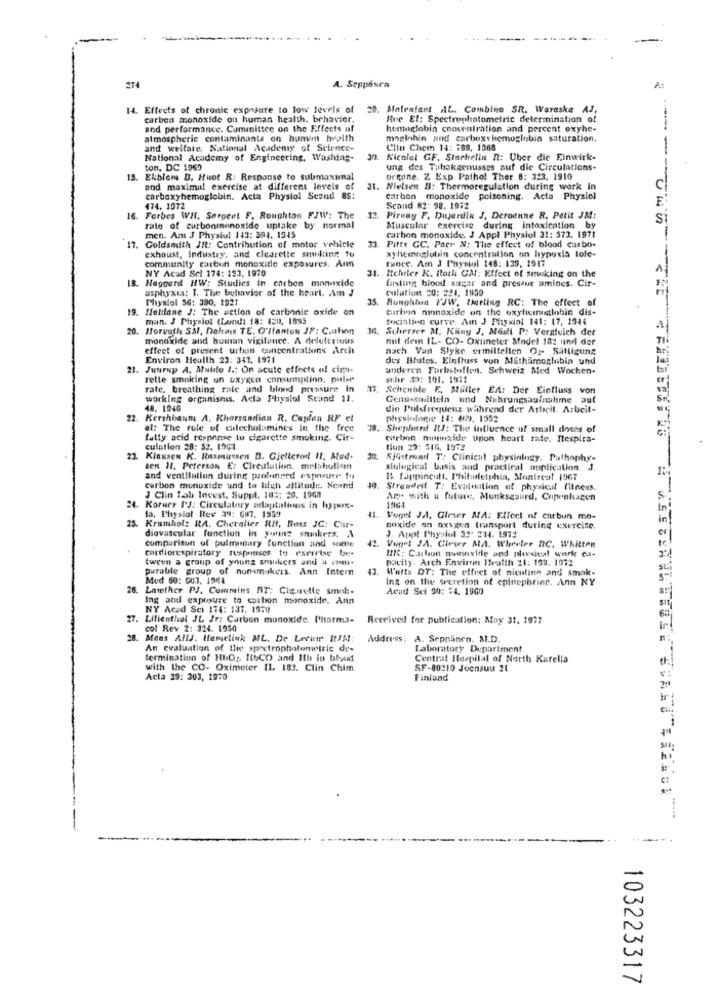
274
A. Seppänen
14. Effects of chronic exposure to low levels of
20. Alatenfant AL. Cambino SR. Waraska AJ,
carbon monoxide ou human health. behavior.
Rve El: Spectrophotometric determination of
and performance. Committee on the Effects uf
hemoglobin concentration and percent oxyhe-
atmospheric contaminants on human health
moglobin and carbox hemoglobin saturation.
and welfare. National Academy of Science-
Clin Chem 14: #89, 1068
National Academy of Engineering, Washing-
Kicalal GF. Stachelin n: Uber die Einwirk-
ton, DC 1969
ung des Tubokgenusses auf die Circulations-
13. Ekblom D. Huot R: Response to submaximal
organe. 2 Exp Pathol Ther 8: 323. 1910
and maximil exercise at different levels of
31. Nielsen #: Thermoregulation during work in
carboxyhemoglobin. Acta Physiol Scand 85:
Carbon monoxide poisoning. Acta Physiol
F.
474. 1072
12.
Scand 82: 98. 1972
16. Forbes WH. Sergent F. Roughton FJW: The
Pirnay F. Dujardin J, Deroenne R. Petit JM:
S
rate of carbonmonoxide uptake by normal
Muscular exercise during intoxication by
17.
men. Am J Physiol 143: 594. 1345
carbon monoxide. J Appl Physiol 31: 573. 1971
Coldsmith JR: Contribution of motor vehicle
exhoust, Industry, and clearette smiling to
Pitt: CC. Paer N: The effect of blood carbo-
xyhemoglobin concentration on hypoxis tole-
runce. Am J Physiol 148: 139, 1917
community carbon monoxide exposures. Ann
NY Acad Sci 174: 123, 1970
IB. Haggard HW: Studies in carbon monoxide
Rcheter K. Roth CM: Effect of smoking on the
fasting blood sugar and pressur amines. Cir-
asphyxia: 1. The behavior of the heart. Am J
culation 20: 224. 1959
Physiol 56: 390, 1921
35.
Runghius FJW, Darling RC: The effect of
19. Haldane J: The action of carbonie oxide on
Carbon monoxide an the oxyliemigtlobin dis-
man. J Physiol (Lundi 18: 420, 1895
sociation curve. Am J Physiol 141: 17, 1944
. Horuuth Sal, Dekau TE, O'llanton JF: Carlinn
36. Scherrer M. Kiny J. Mosti P: Veratuich der
A
monoxide and human vigilance. A deleterious
mit dem IL- CO- Oximeter Model 182 und der
effect of present urhun concentrations Arch
nach Van Slyke ermiltellen Or- Sättigung
Environ Health 23: 347, 1971
des Blutes. Einfluss von Mithämoglobin und
21. Juurup A. Muido I .: On acute effects of cima-
anderen Farbstoffen. Schweiz Med Wochen-
rette smoking en oxygen consumption, pulse
schr 2: 101. 1971
rate, breathing rate and blood pressure In 33. Schenble F. Müller EA: Der Einfluss von
working organisms. Acta Physiol Stand 11.
Genussmitteln tind Nahrungsaufnahme auf
48. 1946
die Pulsfrequenz während der Attcit. Arbeit-
22. Kershbaum A. Khorsandian R. Caylen RF et
physiologie 14: 409. 1952
al: The role of calecholamines In the free
Ja. Shephard ItJ: The influence of small doses of
fatty acid response to cigarette smoking. Cir-
carbon monoxide upon heart rate. Respira-
culation 28: $2. 1903
tiun 22: 516. 1972
23. KlaHSEN K. Rasmussen B. Gjellerod Il. Mud.
Spistrend T: Clinical physiology. Pulhophy-
sen 11. Peterson E: Circulation. melahullet
slulogical basis and practical application. J.
and ventilation during profunurd exposure fu
B. fappingult, Philadelphia, Montreat 1967
Carbon monoxide and to high altitude. Seand
49. Strendrit T: Evaluation of physical fitness.
J Clin Tab Invest. Suppl. 105: 28. 1968
Any with u future. Munksgourd, Copenhagen
24. Korner PJ: Circulatory nelaptalings in hyperx-
la. Physiol Rev 391: GH7. 1559
1964
11. Vogel JA, Gleser MA: Effect of carbon mo-
25. Krumhol: IA. Chevalier RH, Ross JC: Car-
diovascular function in young smokers,
ooxide on oxygen transport during exercise.
er
compurison of pulmonary function and some
J. Appl Physiol 32" #14. 1972
cardiorespiratory responses to exercise be-
UK: Carbon mannside and physical work ca-
Vogel JA. Cirver MA. Wheeler RC. Whitten
tweun a group of young smukers and # inni-
pacity. Arch Environ IWealth 21: 193. 1972
purable group of nonsmokers. Ann Intern
43.
Warts DT: The effect of nicoline and smak-
Med 50: 003, 1964
Ing on the secretion of epinephrine. Ann NY
26. Latether PJ. Comtwins RT: Clairette smok.
Acad Sci 90: $4. 1960
ar
Ing and exposure to carbon monoxide. Ann
NY Acad Sci 174: 137. 1970
27. Lilienthal JL Jr: Carbon monoxide. Pharma-
Received for publication: May 31. 1977
col Rev 2: 324. 1950
. Mens Alls. Hemelink MIL. De Lecuir RAM:
Address: A. Sepnainen. M.D.
An evaluation of the spectrophotometric de-
Laboratory Department
termination of HbOr. 1tbCO and Ith in blood
Central Itorpilal of North Karella
with the CO- Oximeter IL 183. Clin Chim
SF-80210 Joensuu 21
Acta 19: 303, 1970
Finland
103223317